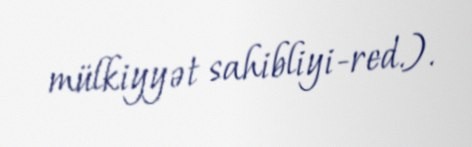
mülkiyyət sahibliyi-red.).